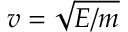
v = \sqrt { E / m }